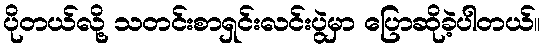
ပိုတယ်လို့ သတင်းစာရှင်းလင်းပွဲမှာ ပြောဆိုခဲ့ပါတယ်။